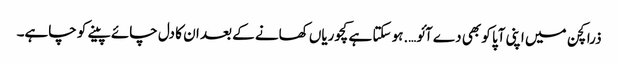
ذرا کچن میں اپنی آپا کو بھی دے آئو….ہو سکتا ہے کچوریاں کھانے کے بعد ان کا دل چائے پینے کو چاہے۔